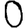
Digit: 0